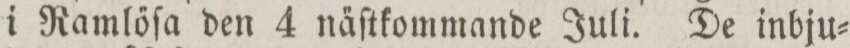
i Ramlőſa den 4 na̋ſtkommande Juli. De inbju=